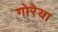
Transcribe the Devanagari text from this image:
गोरेया